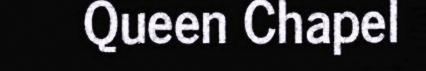
Queen Chapel